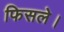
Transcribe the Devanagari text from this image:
फिसले।